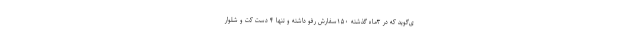
ی‌گوید که در ۳ماه گذشته ۱۵۰سفارش رفو داشته و تنها ۴ دست کت و شلوار